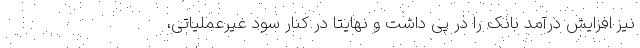
نیز افزایش درآمد بانک را در پی داشت و نهایتاً در کنار سود غیرعملیاتی،